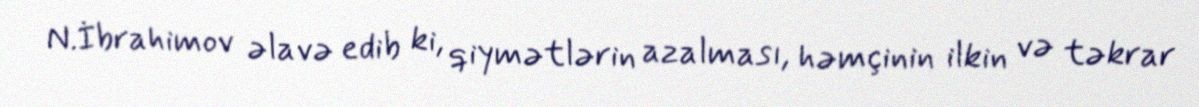
N.İbrahimov əlavə edib ki, qiymətlərin azalması, həmçinin ilkin və təkrar